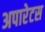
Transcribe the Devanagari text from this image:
अपारेटस